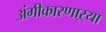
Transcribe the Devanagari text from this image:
अंगीकारणाऱ्या